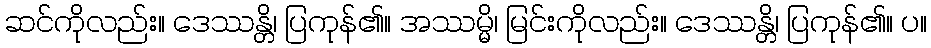
ဆင်ကိုလည်း။ ဒေဿန္တိ၊ ပြကုန်၏။ အဿမ္မိ၊ မြင်းကိုလည်း။ ဒေဿန္တိ၊ ပြကုန်၏။ ပ။